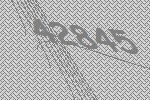
42845